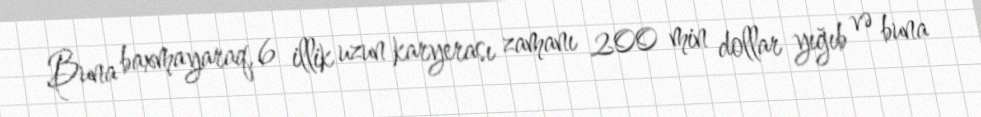
Buna baxmayaraq, 6 illik uzun karyerası zamanı 200 min dollar yığıb və buna